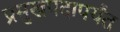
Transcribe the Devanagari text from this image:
प्रमुखपदापर्यंत